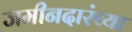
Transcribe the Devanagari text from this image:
जमीनदारंच्या